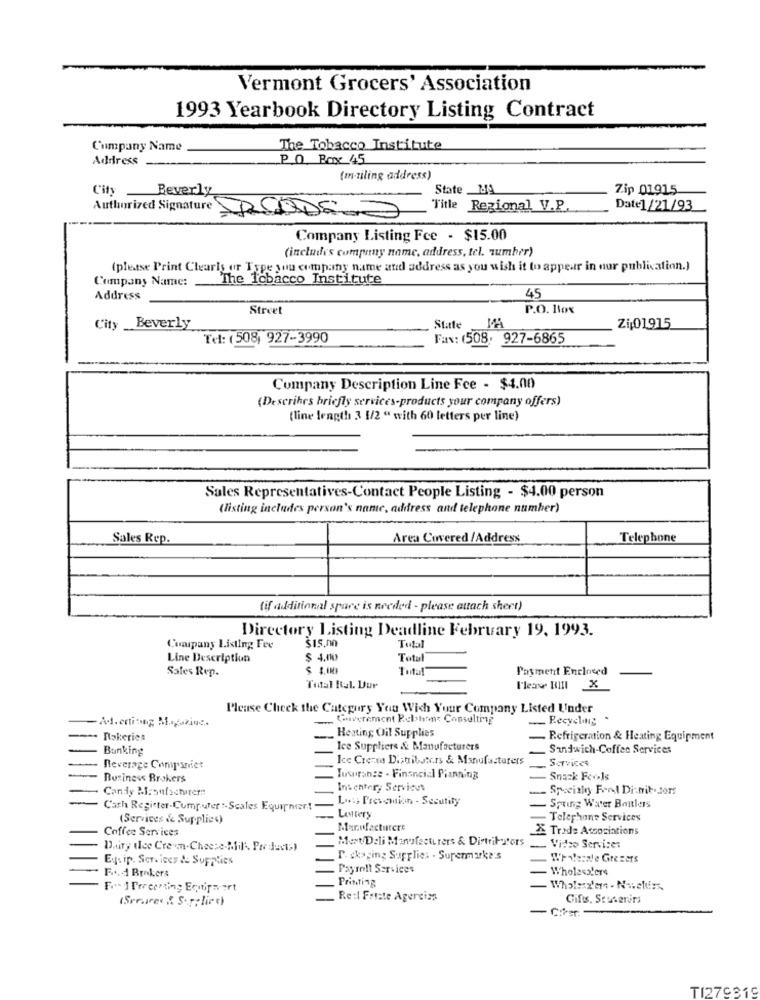
Vermont Grocers' Association
1993 Yearbook Directory Listing Contract
Company Name
The Tobacco Institute
Address
P.O. Box 45
(mailing address)
City
Beverly
State _MA
Zip 01915
"Title Regional V.P
Date1/21/93
Authorized Signature RAD600
Company Listing Fce - $15.00
(includes company name, address, tel. number)
(please Print Clearis or Type you company name and address as you wish it to appear in our publication.)
Company Name:
The Icbacco Institute
Address
45
Street
P.O. Box
City
Beverly
State
Zij01915
Tel: (508, 927-3990
Fax: (508. 927-6865
Company Description Line Fce - $4.00
(Descrihes briefly services-products your company offers)
(line length 3 [/2 " with 60 letters per line)
Sales Representatives-Contact People Listing - $4.00 person
(listing includes person's name, address and telephone number)
Sales Rep.
Area Covered /Address
Telephone
(if additional spare is needed - please attach shect)
Directory Listing Deadline February 19, 1993.
SIS.00
Cunipany Listing Fre
Line Description
$ 4.00
Total
Sales Rep.
Total
Payment Enclosed
Total Ital. Dur
Please Check the Category You Wish Your Company Listed Under
- Ad. entiming Magaziuc.
... Coverement Rebtem Consulting
__ Recycling
. .
Heating Oil Supplies
Rakeries
Refrigeration & Heating Equipment
Banking
Ice Suppliers & Manufacturers
Sandwich-Coffee Services
Ice Cream Distributors & Manufacturers
Services
Beverage Companiet
Business Brokers
Tusprange - Financial Planning
Snack Ferels
Candy Pi:oufschirer ::
Inschter, Services
Loss Prevention - Security
Spring Water Baitlers
Cash Register-Computer"-Scales Equipner!
(Services & Supplies)
LAMtery
- Telephone Services
Coffee Services
Manufacturers
2& Trade Associations
Mext/Deli Manufacturers & Distribs'ors
Dairy thee Cre wn-Cheese-Mil .. Por duct;)
Video Services
Equip. Servicey & Supplies
P. skoping Supplies . Supermarke's
While:ale Grezers
F ... 4 Brokers
Payroll Services
- Wholesalers
Printing
F ..- 1 Treening Equipwert
- Whalesz'ers - Novelliss.
(Srrares " S. r. lirc)
Re: Friste Agerciza
Cifis. Seuserirs
TI279319